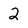
Character: 2